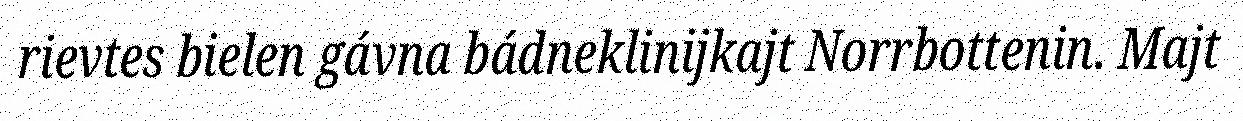
rievtes bielen gávna bádneklinijkajt Norrbottenin. Majt